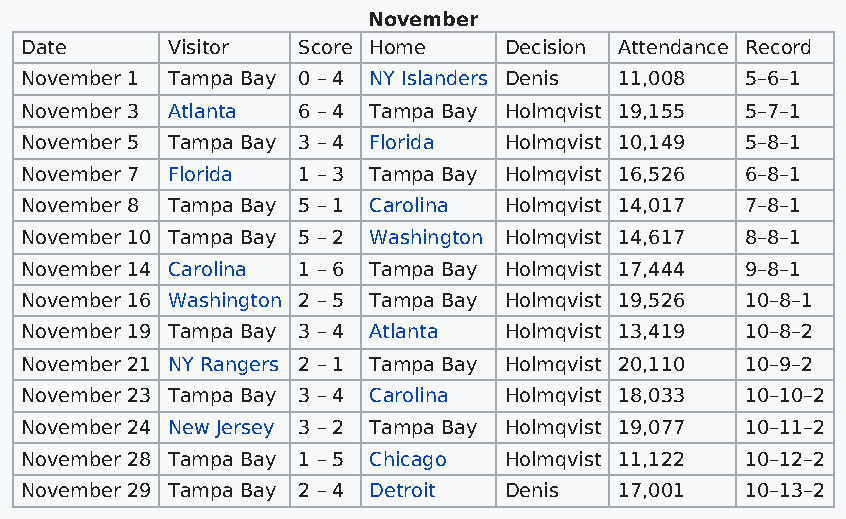
November
 Date      Visitor  Score Home   Decision Attendance Record
 November 1 Tampa Bay 0 – 4 NY Islanders Denis 11,008 5–6–1
 November 3 Atlanta 6 – 4 Tampa Bay Holmqvist 19,155 5–7–1
 November 5 Tampa Bay 3 – 4 Florida Holmqvist 10,149 5–8–1
 November 7 Florida 1 – 3 Tampa Bay Holmqvist 16,526 6–8–1
 November 8 Tampa Bay 5 – 1 Carolina Holmqvist 14,017 7–8–1
 November 10 Tampa Bay 5 – 2 Washington Holmqvist 14,617 8–8–1
 November 14 Carolina 1 – 6 Tampa Bay Holmqvist 17,444 9–8–1
 November 16 Washington 2 – 5 Tampa Bay Holmqvist 19,526 10–8–1
 November 19 Tampa Bay 3 – 4 Atlanta Holmqvist 13,419 10–8–2
 November 21 NY Rangers 2 – 1 Tampa Bay Holmqvist 20,110 10–9–2
 November 23 Tampa Bay 3 – 4 Carolina Holmqvist 18,033 10–10–2
 November 24 New Jersey 3 – 2 Tampa Bay Holmqvist 19,077 10–11–2
 November 28 Tampa Bay 1 – 5 Chicago Holmqvist 11,122 10–12–2
 November 29 Tampa Bay 2 – 4 Detroit Denis 17,001 10–13–2